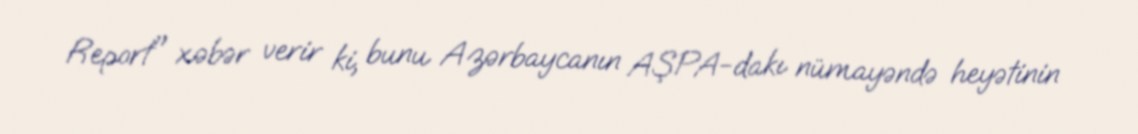
Report" xəbər verir ki, bunu Azərbaycanın AŞPA-dakı nümayəndə heyətinin